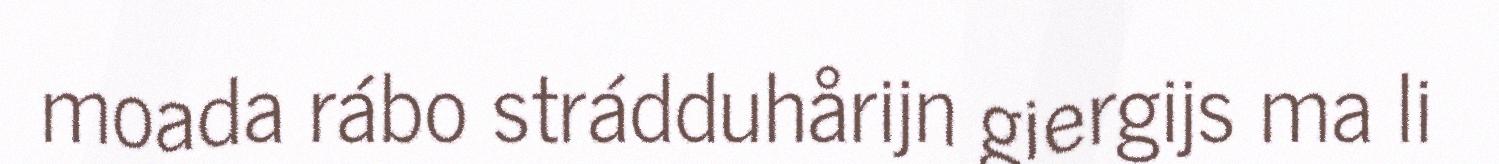
moada rábo strádduhårijn giergijs ma li